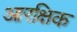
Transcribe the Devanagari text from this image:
आरक्षिक